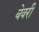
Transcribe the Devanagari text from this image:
बेवरी